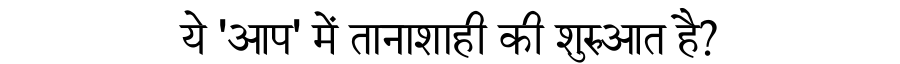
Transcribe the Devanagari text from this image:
ये 'आप' में तानाशाही की शुरुआत है?